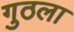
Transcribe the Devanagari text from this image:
गुठला